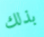
بذلك